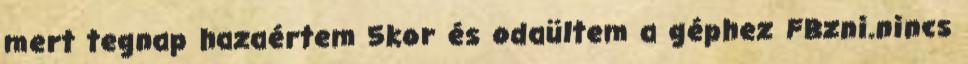
mert tegnap hazaértem 5kor és odaültem a géphez FBzni.nincs